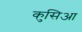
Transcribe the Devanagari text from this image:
कुसिआ